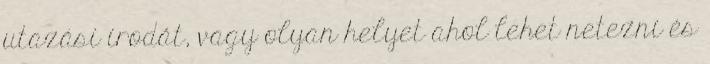
utazási irodát, vagy olyan helyet ahol lehet netezni és